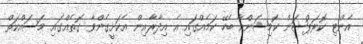
އެންޓި ކޮރަޕްޝަން ކޮމިޝަންއާ ބެހޭ ކަމެއްގައި އެ އިދާރާއިން އެކަށީގެންވާ ގޮތެއްގައި މަސައްކަތް